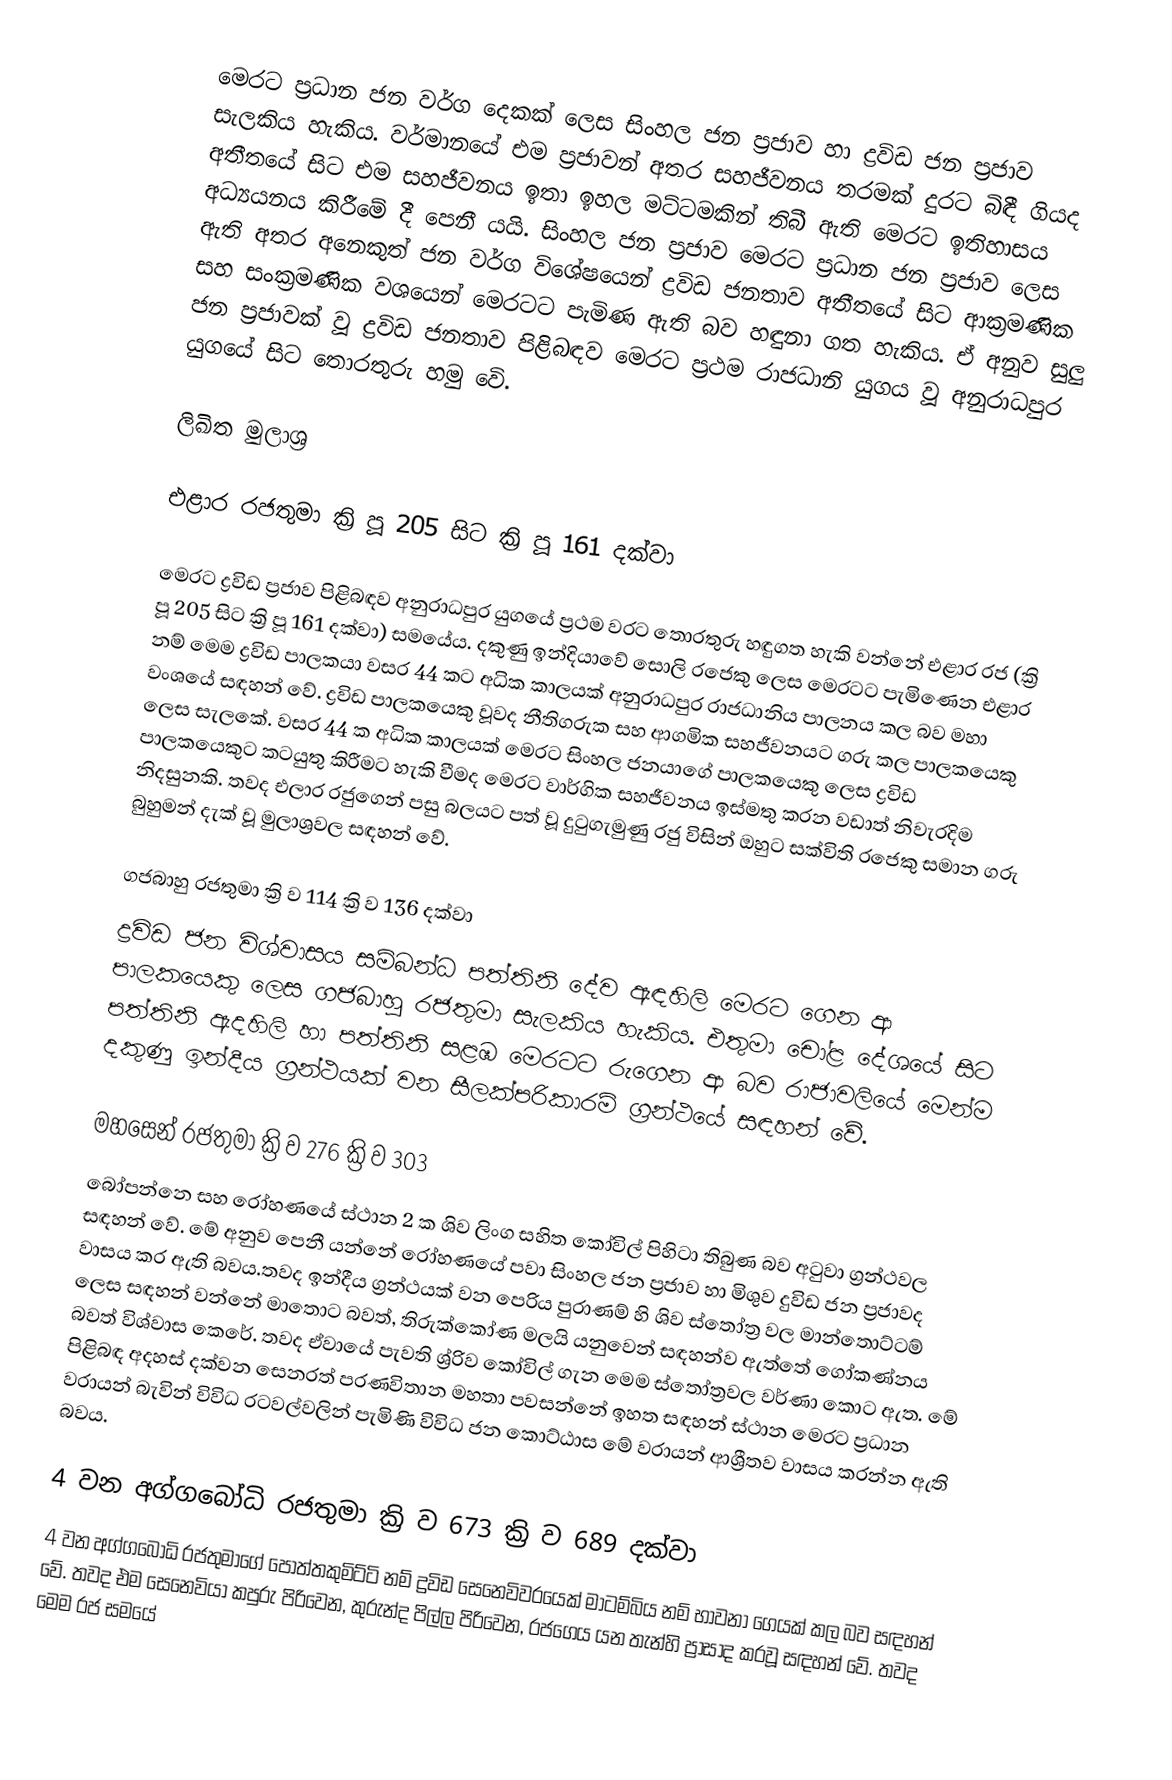
මෙරට ප්‍රධාන ජන වර්ග දෙකක් ලෙස සිංහල ජන ප්‍රජාව හා ද්‍රවිඩ  ජන ප්‍රජාව සැලකිය හැකිය. වර්මානයේ එම ප්‍රජාවන් අතර සහජීවනය තරමක් දුරට ‍බිඳී ගියද අතීතයේ සි‍ට එම සහජීවනය ඉතා ඉහල මට්ටමකින් තිබී ඇති මෙරට ඉතිහාසය අධ්‍යයනය කිරීමේ දී පෙනී යයි. සිංහල ජන ප්‍රජාව මෙරට ප්‍රධාන ජන ප්‍රජාව ලෙස ඇති අතර අ‍නෙකුත් ජන වර්ග විශේෂයෙන් ද්‍රවිඩ ජනතාව අතීතයේ සිට අ‍‍ාක්‍රමණික සහ සංක්‍රමණික වශයෙන් මෙරටට පැමිණ ඇති බව හඳුනා ගත හැකිය. ඒ අනුව සුලු ජන ප්‍රජාවක් වූ ද්‍රවිඩ ජනතාව පිළිබඳව මෙරට ප්‍රථම රාජධානි යුගය වූ අනුරාධපුර යුගයේ සිට තොරතුරු හමු වෙි.

ලිඛිත මුලාශ්‍ර

එළාර රජතුමා ක්‍රි පූ 205 සිට ක්‍රි පූ 161 දක්වා

මෙරට ද්‍රවිඩ ප්‍ර‍ජාව පිළිබඳව අනුරාධපුර යුගයේ ප්‍රථම වරට තොරතුරු හඳුගත හැකි වන්නේ එළාර රජ (ක්‍රි පූ 205 සිට ක්‍රි පූ 161 දක්වා) සමයේය. දකුණු ඉන්දියාවේ සොලි රජෙකු ලෙස මෙරටට පැමිණෙන එළාර නම් මෙම ද්‍රවිඩ පාලකයා වසර 44 කට අධික කාලයක් අනුරාධපුර රාජධානිය පාලනය කල බව මහා වංශයේ සඳහන් වේ. ද්‍රවිඩ පාලකයෙකු වූවද නීතිගරුක සහ ආගමික සහජීවනයට ගරු කල පාලකයෙකු ලෙස සැලකේ. වසර 44 ක අධික කාලයක් මෙරට සිංහල ජනයාගේ පාලකයෙකු ලෙස ද්‍රවිඩ පාලකයෙකුට කටයුතු කිරීමට හැකි වීමද මෙරට වාර්ගික සහජීවනය ඉස්මතු කරන වඩාත් නිවැරදිම නිදසුනකි. තවද එලාර රජුගෙන් පසු බලයට පත් වූ දුටුගැමුණු ර‍ජු විසින් ඔහුට සක්විති රජෙකු සමාන ගරු බුහුමන් දැක් වූ මුලාශ්‍රවල සඳහන් වේ.

ගජබාහු රජතුමා ක්‍රි ව 114 ක්‍රි ව 136 දක්වා
ද්‍රවිඩ ජන විශ්වාසය සම්බන්ධ පත්තිනි දේව ඇඳහිලි මෙරට ගෙන ආ පාලකයෙකු ලෙස ගජබාහු රජතුමා සැලකිය හැකිය. එතුමා චෝළ දේශයේ සිට පත්තිනි ඇදහිලි හා  පත්තිනි සළඹ මෙරටට රුගෙන ආ බව රාජාවලියේ මෙන්ම දකුණු ඉන්දීය ග්‍රන්ථයක් වන සීලක්පරිකාරම් ග්‍රන්ථයේ සඳහන් වේ.

මහසෙන් රජතුමා ක්‍රි ව 276 ක්‍රි ව 303
බෝපන්න‍ෙ සහ රෝහණයේ ස්ථාන 2 ක ශිව ලිංග සහිත කෝවිල් පිහිටා තිබුණ බව අටුවා ග්‍රන්ථවල සඳහන් වේ. මේ අනුව පෙනී යන්නේ රෝහණය‍ේ පවා සිංහල ජන ප්‍රජාව හා මිශුව දුවිඩ ජන ප්‍රජාවද වාසය කර ඇති බවය.තවද ඉන්දීය ග්‍රන්ථයක් වන පෙරිය පුරාණම් හි ශිව ස්තෝත්‍ර වල මාන්තො‍ට්ටම් ලෙස සඳහන් වන්නේ මාතොට බවත්, තිරුක්කෝණ මලයි යනුවෙන් සඳහන්ව ඇත්තේ ගෝකණ්නය බවත් විශ්වාස කෙරේ. තවද ඒවායේ පැවති ශ්‍ර්‍රිව කෝවිල් ගැන මෙම ස්තෝත්‍රවල වර්ණා කොට ඇත. මේ පිළිබඳ අදහස් දක්වන සෙනරත් පරණවිතාන මහතා පවසන්නේ ඉහත සඳහන් ස්ථාන මෙරට ප්‍රධාන වරායන් බැවින් විවිධ රටවල්වලින් පැමිණි විවිධ ජන කොට්ඨාස මේ වරායන් ආශ්‍රීතව වාසය කරන්න ඇති බවය.

4 වන අග්ගබෝධි රජතුමා ක්‍රි ව 673 ක්‍රි ව 689 දක්වා
4 වන අග්ගබෝධි රජතුමාගේ පොත්තකුමිට්ටි නම් ද්‍රවිඩ සෙනෙවිවරයෙක් මාටම්බිය නම් භාවනා ගෙයක් කල බව සඳහන් වේ. තවද එම සෙනෙවිය‍‍ා කපුරු පිරිවෙන, කුරුන්ද පිල්ල පිරිවෙන, රජගෙය යන තැන්හි ප්‍රාසාද කරවූ සඳහන් වේ. තවද මෙම රජ සමයේ